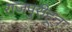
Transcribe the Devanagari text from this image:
राजपुरीहून